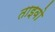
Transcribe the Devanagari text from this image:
ताइवो